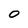
Character: 0